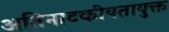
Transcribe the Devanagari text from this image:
अतिनाटकीयतायुक्त